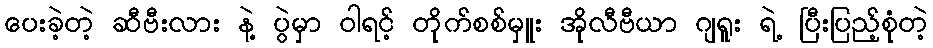
ပေးခဲ့တဲ့ ဆီဗီးလား နဲ့ ပွဲမှာ ဝါရင့် တိုက်စစ်မှူး အိုလီဗီယာ ဂျရူး ရဲ့ ပြီးပြည့်စုံတဲ့